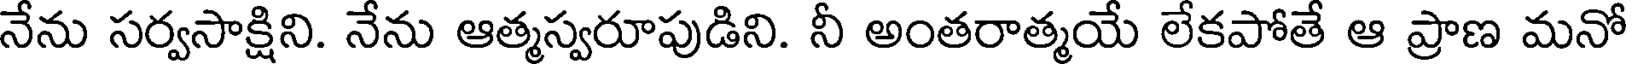
నేను సర్వసాక్షిని. నేను ఆత్మస్వరూపుడిని. నీ అంతరాత్మయే లేకపోతే ఆ ప్రాణ మనో